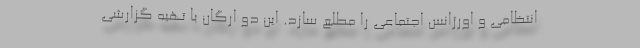
انتظامی و اورژانس اجتماعی را مطلع سازد. این دو ارگان با تهیه گزارشی